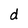
Character: d